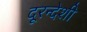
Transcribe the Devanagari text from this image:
दूरन्देशी